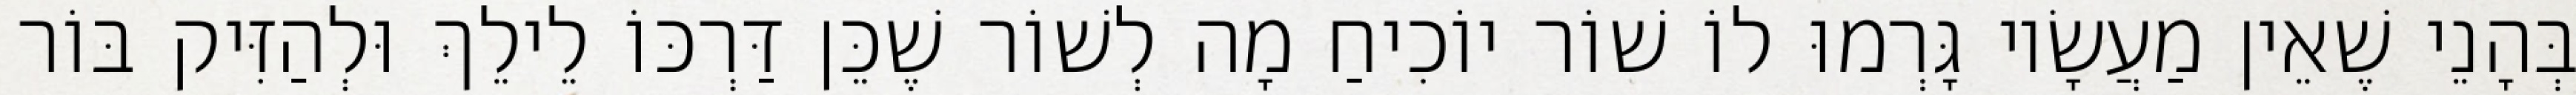
בְּהָנֵי שֶׁאֵין מַעֲשָׂיו גָּרְמוּ לוֹ שׁוֹר יוֹכִיחַ מָה לְשׁוֹר שֶׁכֵּן דַּרְכּוֹ לֵילֵךְ וּלְהַזִּיק בּוֹר